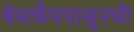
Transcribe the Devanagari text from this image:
बेसकँपपासूनची